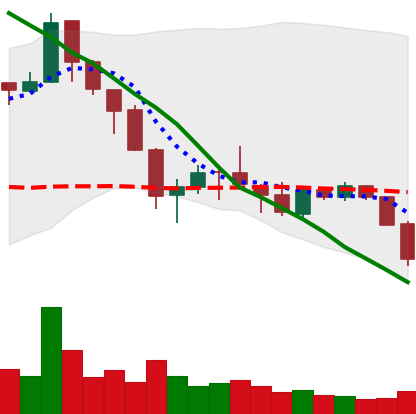
Ticker: ETC-USD
Chart end date: 2018-05-23
Forward return: -3.694%
Label: down_3_5